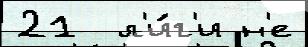
21  л'и́г'и н'е